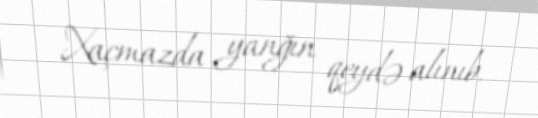
Xaçmazda yanğın qeydə alınıb.